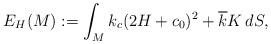
LaTeX: \begin{align*} E_H(M) := \int_M k_c(2H+c_0)^2 + \overline{k}K\, dS,\end{align*}